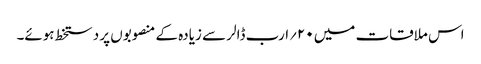
اس ملاقات میں ۲۰؍ارب ڈالر سے زیادہ کے منصوبوں پر دستخط ہوئے۔